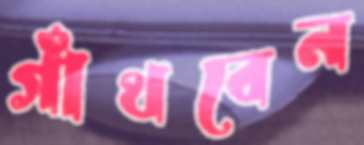
গাঁথবেন